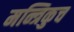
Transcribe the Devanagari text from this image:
मन्त्रिकुच